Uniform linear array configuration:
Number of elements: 64
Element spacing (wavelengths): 0.25
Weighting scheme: hann
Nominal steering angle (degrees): -45
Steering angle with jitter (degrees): -44.502
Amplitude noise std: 0.05
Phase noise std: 0.05

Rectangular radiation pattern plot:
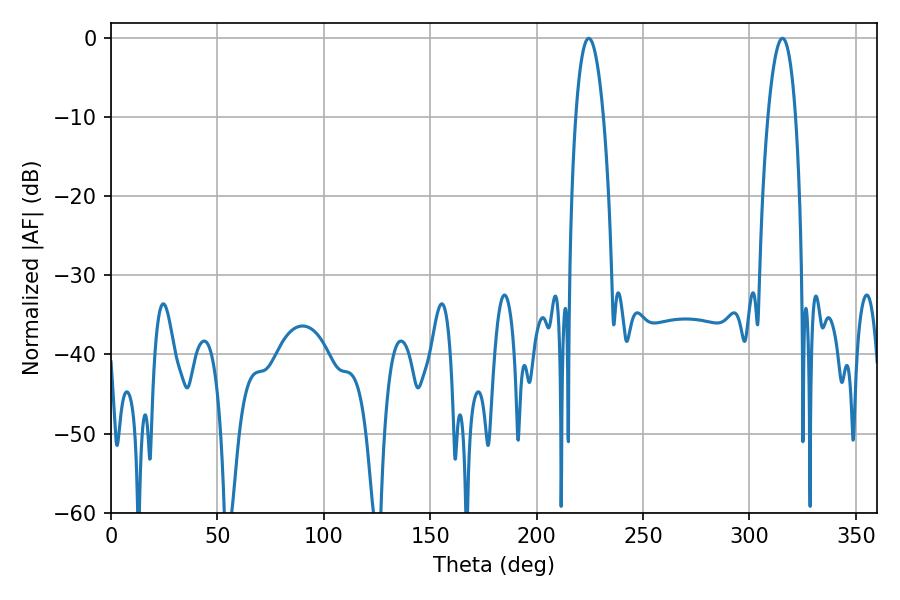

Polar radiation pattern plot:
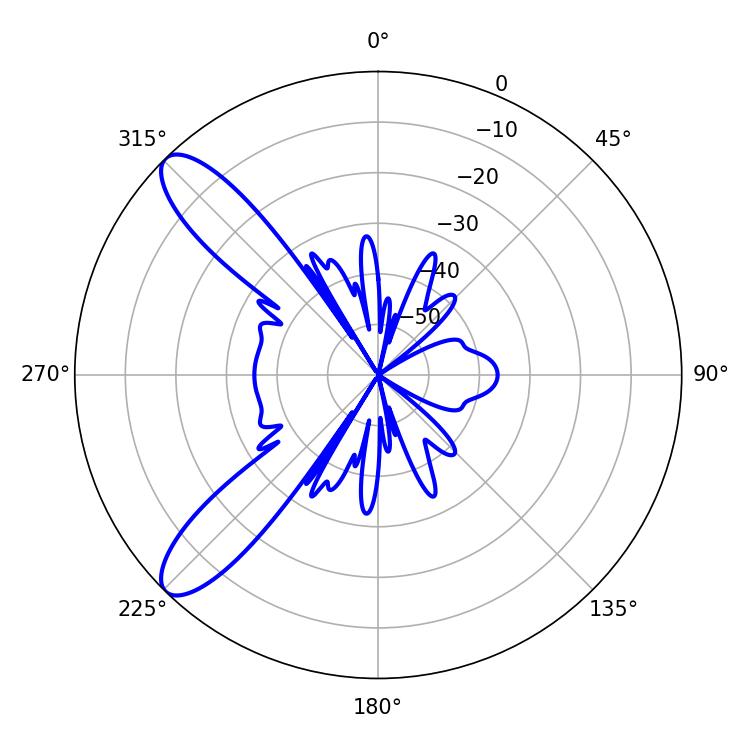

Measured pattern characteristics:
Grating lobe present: FALSE
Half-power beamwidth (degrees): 7.2
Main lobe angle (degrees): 224.46